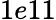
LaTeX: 1e11